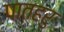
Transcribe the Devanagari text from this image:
पातहरु